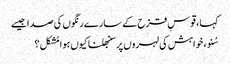
کہا ، قوسِ قزح کے سارے رنگوں کی صدا جیسے
سُنو ، خواہش کی لہروں پر سنبھلنا کیوں ہوا مُشکل ؟